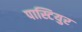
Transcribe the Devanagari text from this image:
पास्टियुर